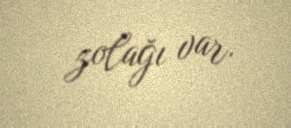
zolağı var.